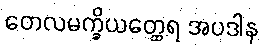
တေလမက္ခိယတ္ထေရ အပဒါန